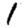
Digit: 1